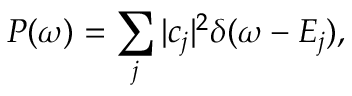
P ( \omega ) = \sum _ { j } | c _ { j } | ^ { 2 } \delta ( \omega - E _ { j } ) ,